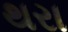
થરા